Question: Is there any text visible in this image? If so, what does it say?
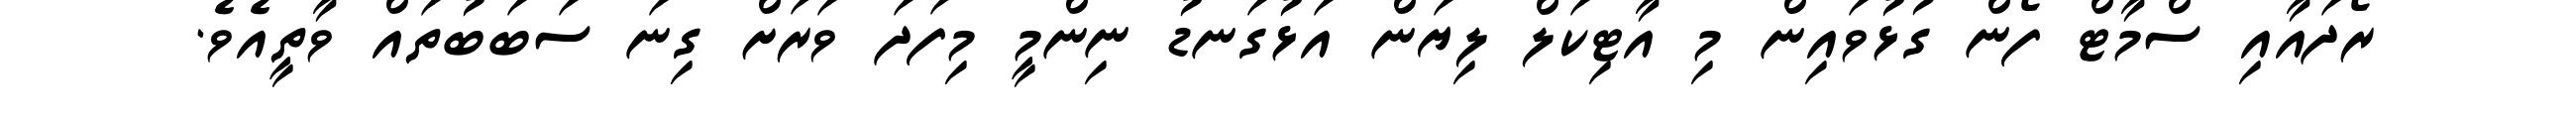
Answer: ރޯދައާއި ސްމާޓް ފޯން ގުޅުވައިން މި އާޓިކަލް ލިޔަން އަޅުގަނޑު ނިންމީ މިފަދަ ވަރަށް ގިނަ ސަބަބުތައް ވާތީއެވެ.